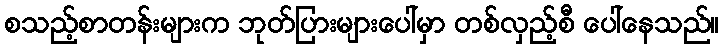
စသည့်စာတန်းများက ဘုတ်ပြားများပေါ်မှာ တစ်လှည့်စီ ပေါ်နေသည်။